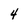
Character: 4